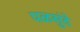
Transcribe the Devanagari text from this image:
पळसुंदे